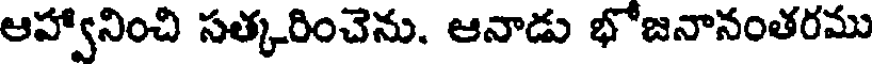
ఆహ్వానించి సత్కరించెను. ఆనాడు భోజనానంతరము